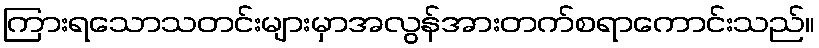
ကြားရသောသတင်းများမှာအလွန်အားတက်စရာကောင်းသည်။